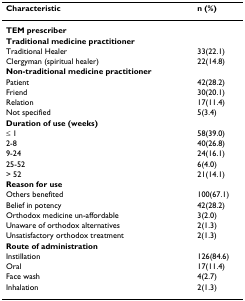
<table><thead><tr><td><b>Characteristic</b></td><td><b>n (%)</b></td></tr></thead><tbody><tr><td><b>TEM prescriber</b></td><td></td></tr><tr><td><b>Traditional medicine practitioner</b></td><td></td></tr><tr><td>Traditional Healer</td><td>33(22.1)</td></tr><tr><td>Clergyman (spiritual healer)</td><td>22(14.8)</td></tr><tr><td><b>Non-traditional medicine practitioner</b></td><td></td></tr><tr><td>Patient</td><td>42(28.2)</td></tr><tr><td>Friend</td><td>30(20.1)</td></tr><tr><td>Relation</td><td>17(11.4)</td></tr><tr><td>Not specified</td><td>5(3.4)</td></tr><tr><td><b>Duration of use (weeks)</b></td><td></td></tr><tr><td>≤ 1</td><td>58(39.0)</td></tr><tr><td>2-8</td><td>40(26.8)</td></tr><tr><td>9-24</td><td>24(16.1)</td></tr><tr><td>25-52</td><td>6(4.0)</td></tr><tr><td>&gt; 52</td><td>21(14.1)</td></tr><tr><td><b>Reason for use</b></td><td></td></tr><tr><td>Others benefited</td><td>100(67.1)</td></tr><tr><td>Belief in potency</td><td>42(28.2)</td></tr><tr><td>Orthodox medicine un-affordable</td><td>3(2.0)</td></tr><tr><td>Unaware of orthodox alternatives</td><td>2(1.3)</td></tr><tr><td>Unsatisfactory orthodox treatment</td><td>2(1.3)</td></tr><tr><td><b>Route of administration</b></td><td></td></tr><tr><td>Instillation</td><td>126(84.6)</td></tr><tr><td>Oral</td><td>17(11.4)</td></tr><tr><td>Face wash</td><td>4(2.7)</td></tr><tr><td>Inhalation</td><td>2(1.3)</td></tr></tbody></table>